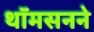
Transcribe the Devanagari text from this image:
थॉमसनने